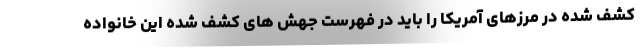
کشف شده در مرزهای آمریکا را باید در فهرست جهش های کشف شده این خانواده